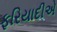
ફરિયાદીએ